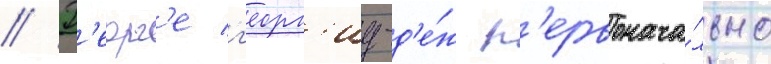
// Г'еорг'е г'еорг'иу-д'е́ж п'ервонача́льно